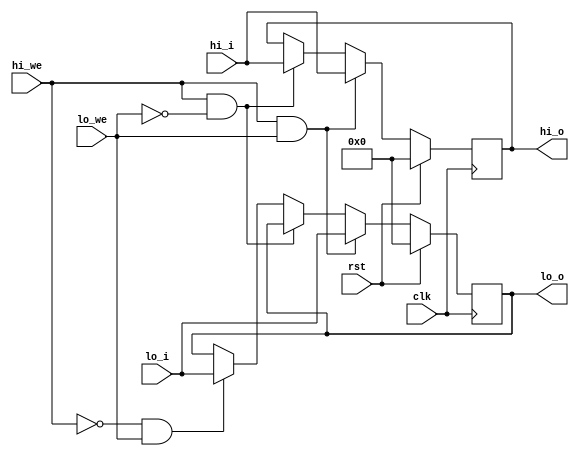
module hilo_reg(
    input wire clk,
    input wire rst,

    input wire hi_we,
    input wire [31:0] hi_i,
    input wire lo_we,
    input wire [31:0] lo_i,


    output wire [31:0] hi_o,
    output wire [31:0] lo_o
);

    reg [31:0] hi_reg, lo_reg;

    // write 
    always @ (posedge clk) begin
        if (rst) begin
            hi_reg <= 32'b0;
            lo_reg <= 32'b0;
        end
        else if (hi_we & lo_we) begin
            hi_reg <= hi_i;
            lo_reg <= lo_i;
        end
        else if (hi_we & ~lo_we) begin
            hi_reg <= hi_i;
        end 
        else if (~hi_we & lo_we) begin
            lo_reg <= lo_i;
        end
    end

    assign hi_o = hi_reg;
    assign lo_o = lo_reg;

endmodule